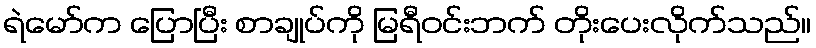
ရဲမော်က ပြောပြီး စာချုပ်ကို မြရီဝင်းဘက် တိုးပေးလိုက်သည်။